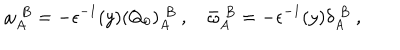
LaTeX: \omega _ { A } ^ { \; B } = - \epsilon ^ { - 1 } ( y ) ( Q _ { 0 } ) _ { A } ^ { \; B } \ , \quad \bar { \omega } _ { A } ^ { \; B } = - \epsilon ^ { - 1 } ( y ) \delta _ { A } ^ { \; B } \ ,